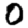
Digit: 0